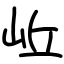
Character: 岴